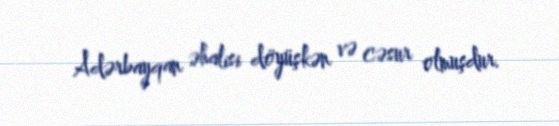
Adərbayqan əhalisi döyüşkən və cəsur olmuşdur.